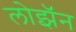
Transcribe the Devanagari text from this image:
लोझॅन